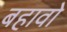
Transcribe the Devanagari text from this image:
बहावो